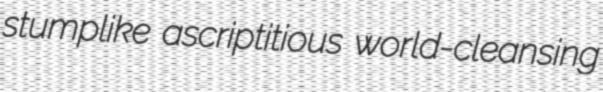
stumplike ascriptitious world-cleansing